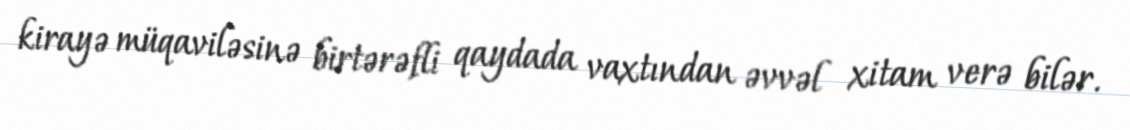
kirayə müqaviləsinə birtərəfli qaydada vaxtından əvvəl xitam verə bilər.